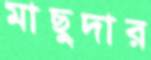
মাছুদার